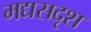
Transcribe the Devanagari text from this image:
मद्यसदृश